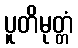
ပူတိမုတ္တံ